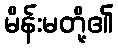
မိန်းမတို့၏